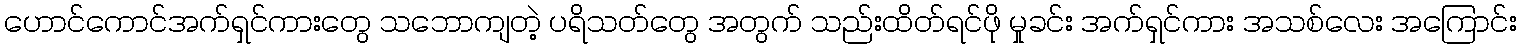
ဟောင်ကောင်အက်ရှင်ကားတွေ သဘောကျတဲ့ ပရိသတ်တွေ အတွက် သည်းထိတ်ရင်ဖို မှုခင်း အက်ရှင်ကား အသစ်လေး အကြောင်း